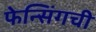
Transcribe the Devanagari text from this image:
फेन्सिंगची